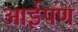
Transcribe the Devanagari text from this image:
आईपण